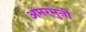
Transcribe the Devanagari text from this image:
अमरमुनी